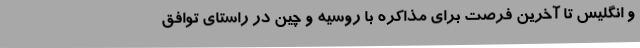
و انگلیس تا آخرین فرصت برای مذاکره با روسیه و چین در راستای توافق